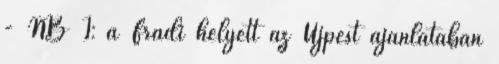
- NB I: a Fradi helyett az Újpest ajánlatában